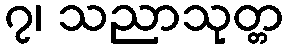
၇၊ သညာသုတ္တ